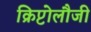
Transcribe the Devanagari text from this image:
क्रिप्टोलौजी